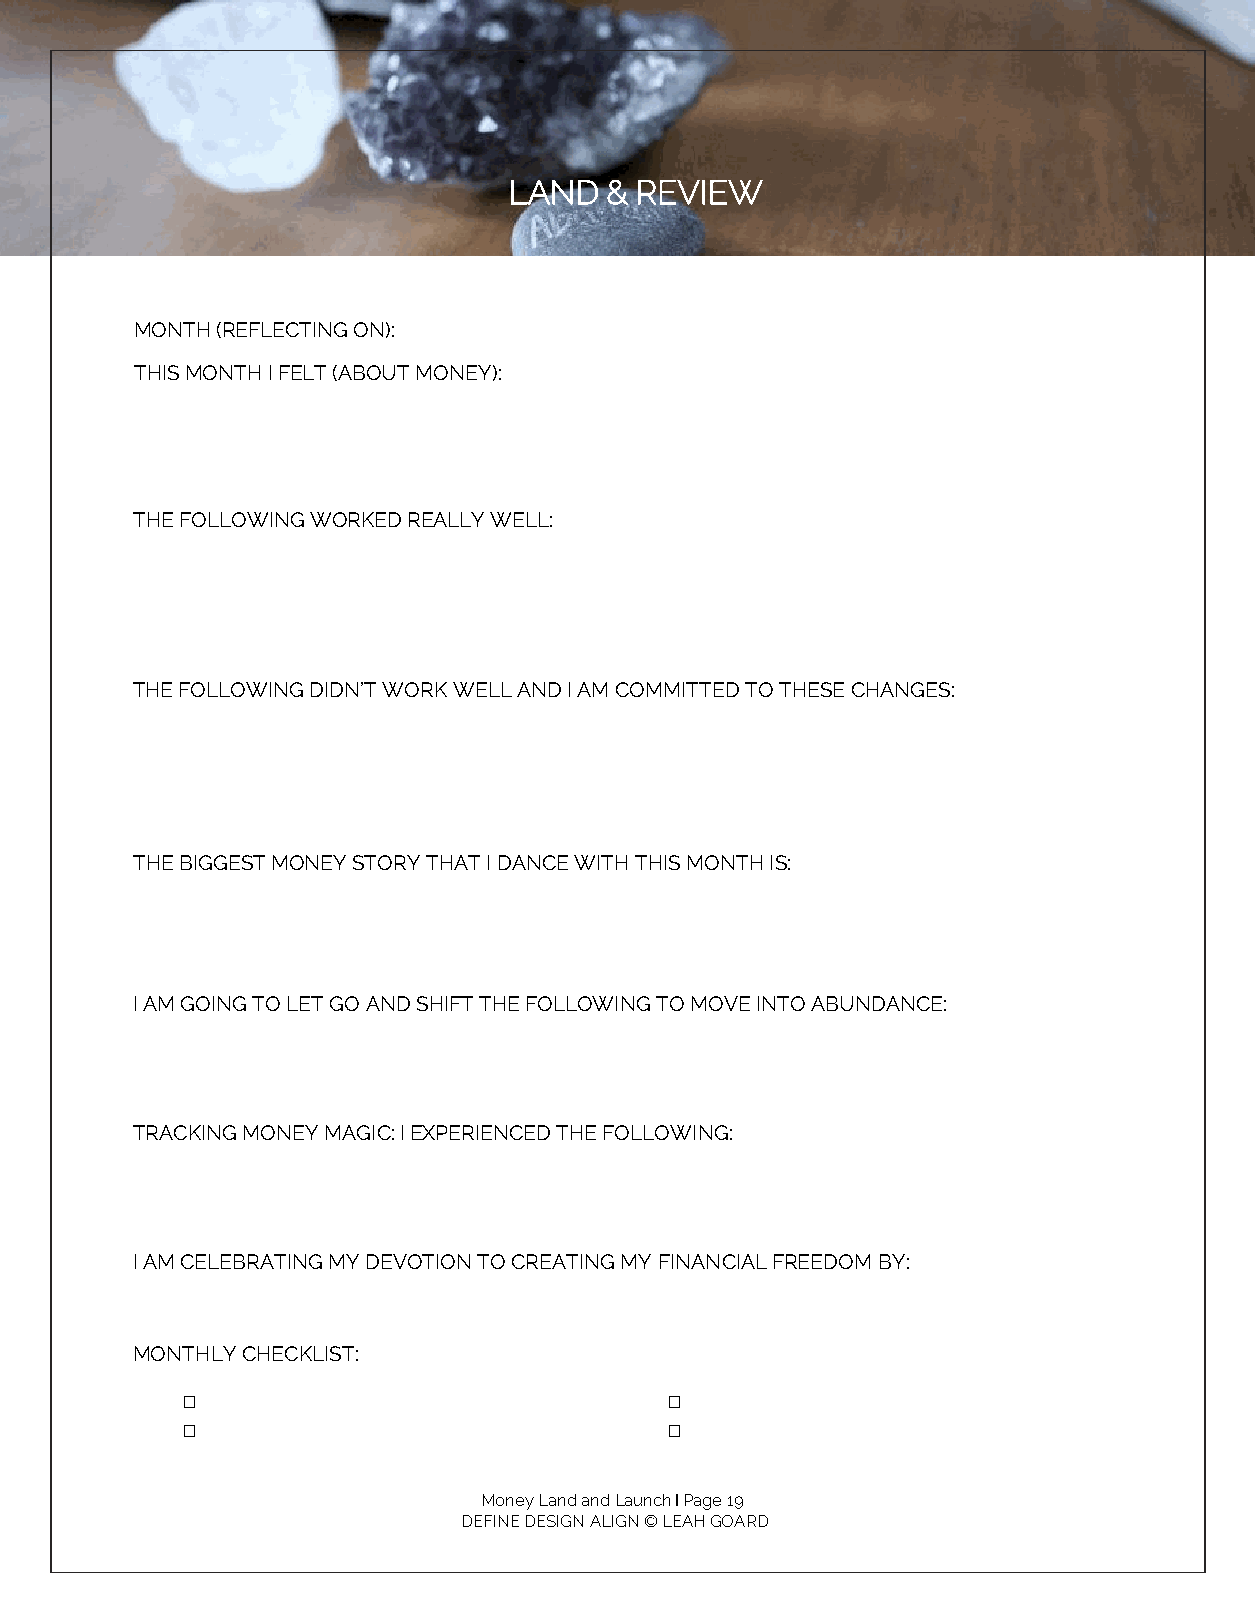
LAND  & REVIEW
 MONTH (REFLECTING ON):
 THIS MONTH I FELT (ABOUT MONEY):
 THE FOLLOWING WORKED REALLY WELL:
 THE FOLLOWING DIDN’T WORK WELL AND I AM COMMITTED TO THESE CHANGES:
 THE BIGGEST MONEY STORY THAT I DANCE WITH THIS MONTH IS:
 I AM GOING TO LET GO AND SHIFT THE FOLLOWING TO MOVE INTO ABUNDANCE:
 TRACKING MONEY MAGIC: I EXPERIENCED THE FOLLOWING:
 I AM CELEBRATING MY DEVOTION TO CREATING MY FINANCIAL FREEDOM BY:
 MONTHLY CHECKLIST:
 □                               □
 □                               □
 Money Land and Launch I Page 19
 DEFINE DESIGN ALIGN © LEAH GOARD